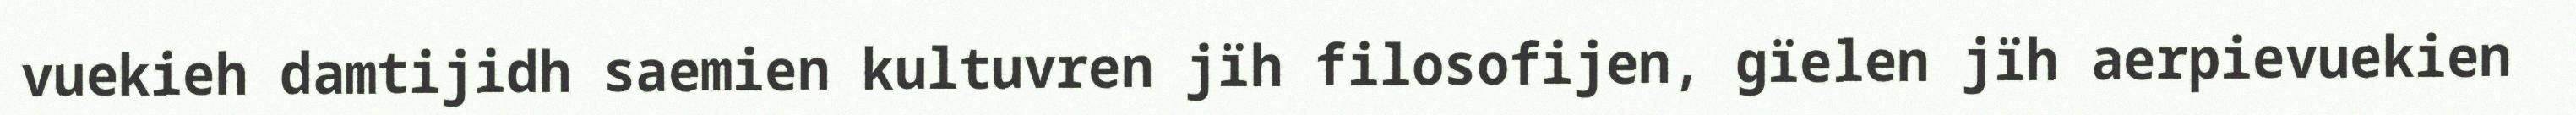
vuekieh damtijidh saemien kultuvren jïh filosofijen, gïelen jïh aerpievuekien